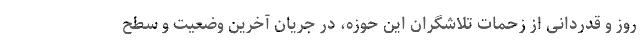
روز و قدردانی از زحمات تلاشگران این حوزه، در جریان آخرین وضعیت و سطح